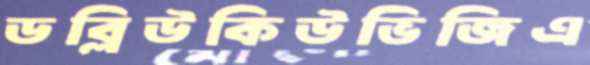
ডব্লিউকিউভিজিএ